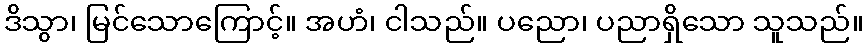
ဒိသွာ၊ မြင်သောကြောင့်။ အဟံ၊ ငါသည်။ ပညော၊ ပညာရှိသော သူသည်။